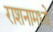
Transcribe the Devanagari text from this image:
राशनामध्ये